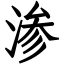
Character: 渗